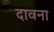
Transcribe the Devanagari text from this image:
दावना